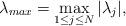
LaTeX: \begin{align*}\lambda_{max}=\max_{1\leq j\leq N} |\lambda_j|,\end{align*}